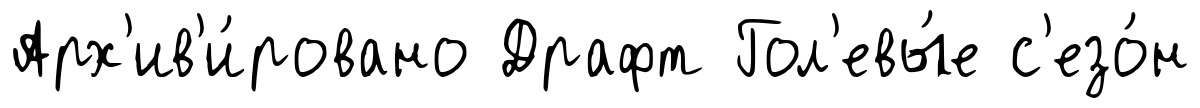
Арх'ив'и́ровано Драфт Гол'евы́е с'езо́н